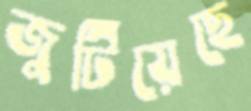
জুটিয়েছে